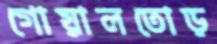
গোয়ালতোড়